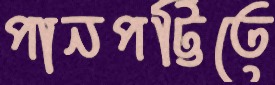
পানপট্টিতে